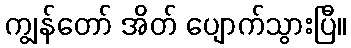
ကျွန်တော် အိတ် ပျောက်သွားပြီ။